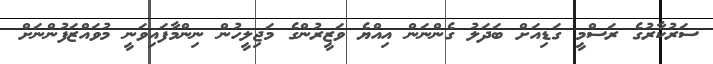
ސަރުކާރުގެ ރަސްމީ ގަޑިއަށް ބަދަލު ގެންނަން އިއްޔެ ވަޒީރުންގެ މަޖިލީހުން ނިންމާފައިވަނީ މުވައްޒަފުންނަށް